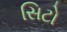
સિટો